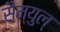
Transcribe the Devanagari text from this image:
सैम्युल्